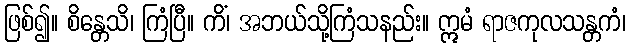
ဖြစ်၍။ စိန္တေသိ၊ ကြံပြီ။ ကိံ၊ အဘယ်သို့ကြံသနည်း။ ဣမံ ရာဇကုလသန္တကံ၊